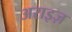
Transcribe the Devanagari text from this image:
अराइज़